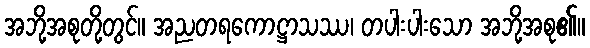
အဘို့အစုတို့တွင်။ အညတရကောဋ္ဌာသဿ၊ တပါးပါးသော အဘို့အစု၏။